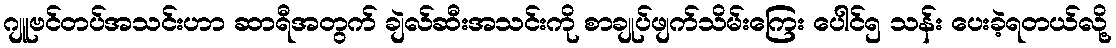
ဂျူဗင်တပ်အသင်းဟာ ဆာရီအတွက် ချဲလ်ဆီးအသင်းကို စာချုပ်ဖျက်သိမ်းကြေး ပေါင်၅ သန်း ပေးခဲ့ရတယ်လို့